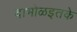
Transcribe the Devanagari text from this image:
दाभोळइतके